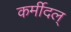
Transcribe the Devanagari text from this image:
कर्मीदल्